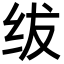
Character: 绂